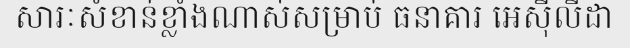
សារៈសំខាន់ខ្លាំងណាស់សម្រាប់ ធនាគារ អេស៊ីលីដា